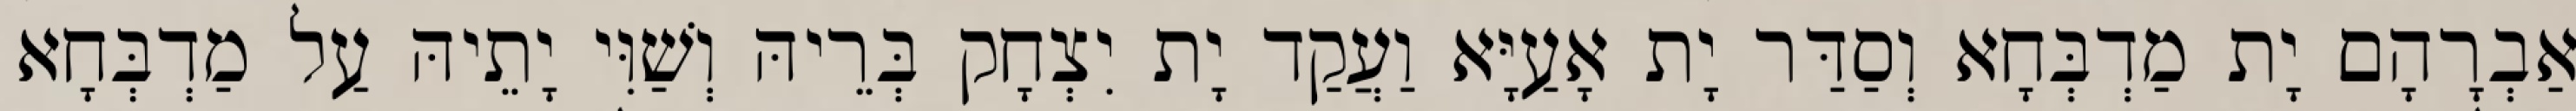
אַבְרָהָם יָת מַדְבְּחָא וְסַדַּר יָת אָעַיָּא וַעֲקַד יָת יִצְחָק בְּרֵיהּ וְשַׁוִּי יָתֵיהּ עַל מַדְבְּחָא